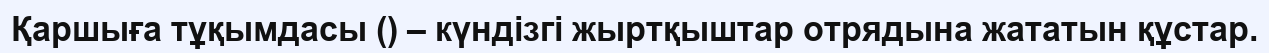
Қаршыға тұқымдасы () – күндізгі жыртқыштар отрядына жататын құстар.